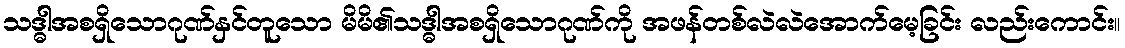
သဒ္ဓါအစရှိသောဂုဏ်နှင်တူသော မိမိ၏သဒ္ဓါအစရှိသောဂုဏ်ကို အဖန်တစ်လဲလဲအောက်မေ့ခြင်း လည်းကောင်း။